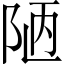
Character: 陋